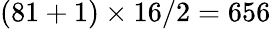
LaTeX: (81+1)\times 16/2=656